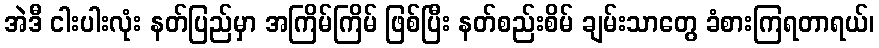
အဲဒီ ငါးပါးလုံး နတ်ပြည်မှာ အကြိမ်ကြိမ် ဖြစ်ပြီး နတ်စည်းစိမ် ချမ်းသာတွေ ခံစားကြရတာရယ်၊